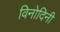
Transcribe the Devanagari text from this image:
विनोदिनी